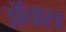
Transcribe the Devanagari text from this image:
अॅक्स